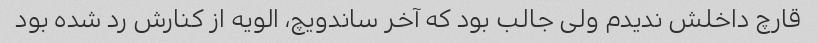
قارچ داخلش ندیدم ولی جالب بود که آخر ساندویچ، الویه از کنارش رد شده بود